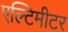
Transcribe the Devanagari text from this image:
एल्टिमीटर